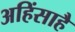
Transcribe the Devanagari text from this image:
अहिंसाहै